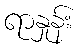
ရာနှုန်း